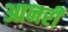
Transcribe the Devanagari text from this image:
आनरी